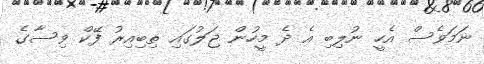
ނަމަވެސް އެހީ ނުލިބި އެ ދެ މީހުން ޖަލުގައި ތިބިއިރު ފޭކް ވިސާގެ